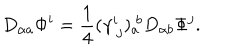
D _ { \alpha a } \Phi ^ { i } = { \frac { 1 } { 4 } } ( \gamma _ { \ j } ^ { i } ) _ { a } ^ { \ b } D _ { \alpha b } \Phi ^ { j } .